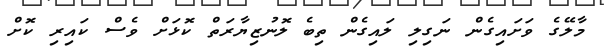
މާލޭގެ ވަށައިގެން ނަގިލި ލައިގެން ތިބެ ލޮނުޒިޔާރަތް ކޮޅަށް ވެސް ކައިރި ކޮށް